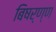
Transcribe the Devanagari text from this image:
बिषर्ण्ण